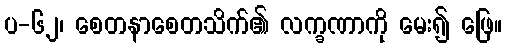
ပ-၆၂၊ စေတနာစေတသိက်၏ လက္ခဏာကို မေး၍ ဖြေ။